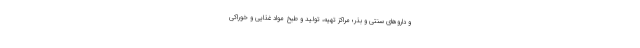
و داروهای سنتی و بذر؛ مراکز تهیه، تولید و طبخ مواد غذایی و خوراکی